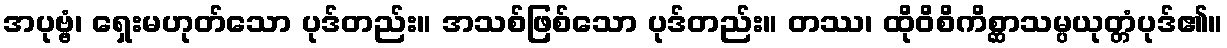
အပုဗ္ဗံ၊ ရှေးမဟုတ်သော ပုဒ်တည်း။ အသစ်ဖြစ်သော ပုဒ်တည်း။ တဿ၊ ထိုဝိစိကိစ္ဆာသမ္ပယုတ္တံပုဒ်၏။